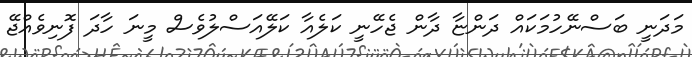
މަދަނީ ބަސްނޭހުމަކައް ދަންޏާ ދާން ޖެހޭނީ ކަލެއާ ކަލޭއަސްލުވެސް މީނަ ހާދަ ފޮނިވެއްޖޭ